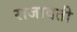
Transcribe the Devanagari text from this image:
राजावती